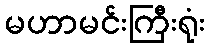
မဟာမင်းကြီးရုံး